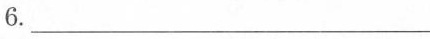
6. ___